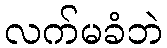
လက်မခံဘဲ